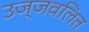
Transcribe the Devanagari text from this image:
उज्जवलित